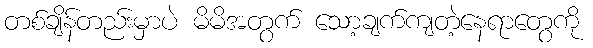
တစ်ချိန်တည်းမှာပဲ မိမိအတွက် သော့ချက်ကျတဲ့နေရာတွေကို